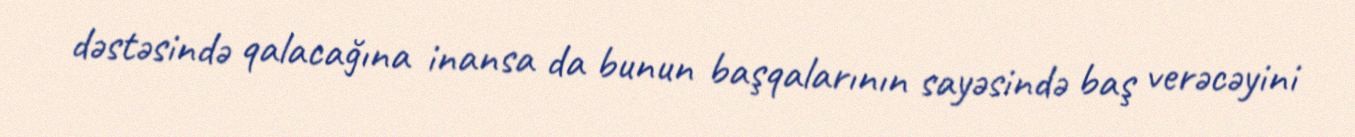
dəstəsində qalacağına inansa da bunun başqalarının sayəsində baş verəcəyini